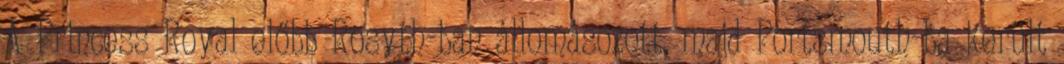
A Princess Royal előbb Rosyth-ban állomásozott, majd Portsmouth-ba került